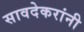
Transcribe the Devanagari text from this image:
सावदेकरांनी